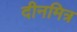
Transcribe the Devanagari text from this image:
दीनमित्र